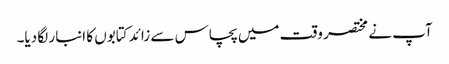
آپ نے مختصر وقت میں پچاس سے زائد کتابوں کا انبار لگا دیا۔